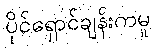
ပိုင်ရှောင်ချန်းကမူ